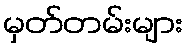
မှတ်တမ်းများ